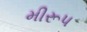
મીરૂપ